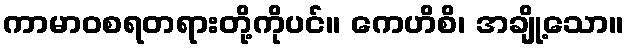
ကာမာဝစရတရားတို့ကိုပင်။ ကေဟိစိ၊ အချို့သော။